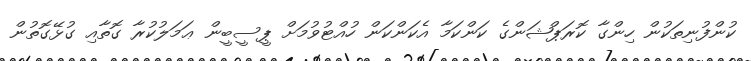
ކުންފުނިތަކުން ހިންގާ ކޮރަޕްޝަންގެ ކަންކަމާ އެކަންކަން ހުއްޓުވުމަށް ޕީސީބީން ޢަމަލުކުރާ ގޮތާއި ގުޅޭގޮތުން